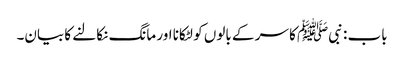
باب : نبیﷺ کا سر کے بالوں کو لٹکانا اور مانگ نکالنے کا بیان۔